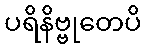
ပရိနိဗ္ဗုတေပိ